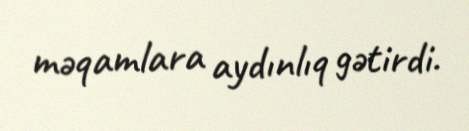
məqamlara aydınlıq gətirdi.